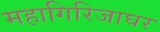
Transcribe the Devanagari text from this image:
महागिरिजाघर